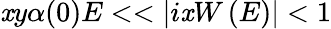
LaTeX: \mathit{x}y\alpha(0)E<<|i\mathit{x}W\left(E\right)|<1